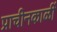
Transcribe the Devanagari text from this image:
प्राचीनकाळीं